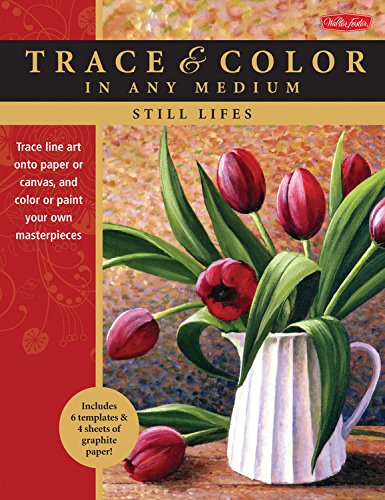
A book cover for Still Lifes: Trace line art onto paper or canvas, and color or paint your own masterpieces (Trace & Color); Varvara Harmon; Arts & Photography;